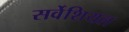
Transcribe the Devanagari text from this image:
सर्वेशियल